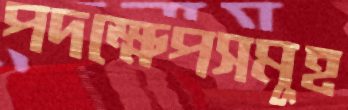
পদক্ষেপসমূহ